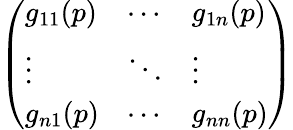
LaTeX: \left(\begin{array}{lll}{g_{11}(p)}&{\cdots}&{g_{1n}(p)}\\ {\vdots}&{\ddots}&{\vdots}\\ {g_{n1}(p)}&{\cdots}&{g_{nn}(p)}\end{array}\right)